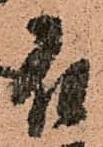
石